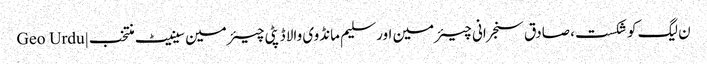
ن لیگ کو شکست، صادق سنجرانی چیئرمین اور سلیم مانڈوی والا ڈپٹی چیئرمین سینیٹ منتخب | Geo Urdu